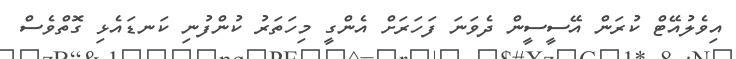
އިވެލުއޭޓް ކުރަން އޭސީސީން ދެވަނަ ފަހަރަށް އެންގީ މިހަތަރު ކުންފުނި ކަނޑައެޅި ގޮތްވެސް